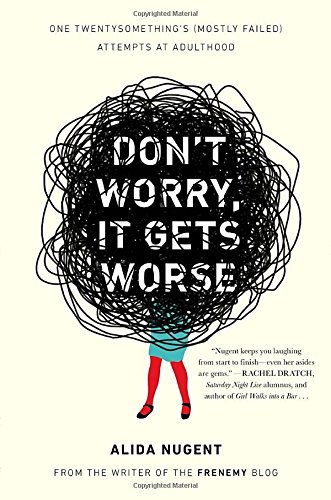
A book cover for Don't Worry, It Gets Worse: One Twentysomething's (Mostly Failed) Attempts at Adulthood; Alida Nugent; Humor & Entertainment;